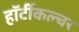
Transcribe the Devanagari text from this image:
हॉर्टीकल्चर